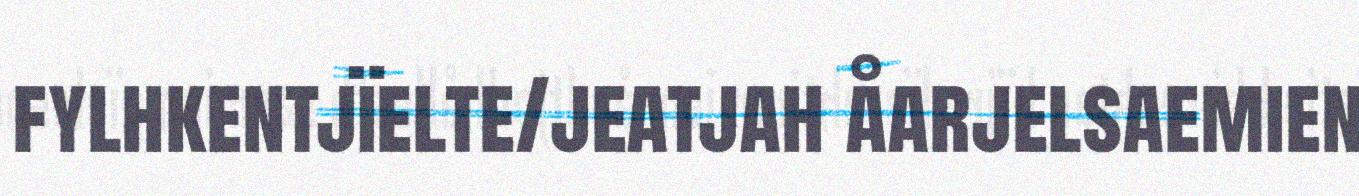
fylhkentjïelte/jeatjah åarjelsaemien